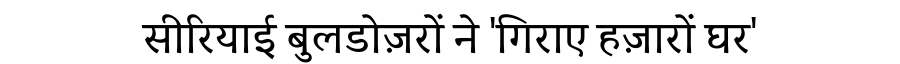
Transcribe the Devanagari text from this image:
सीरियाई बुलडोज़रों ने 'गिराए हज़ारों घर'